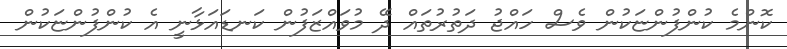
ކޮންމެ ކުންފުންޏަކުން ވެސް ހައްޖު ދަތުރުތައް ދޭ މުވައްޒަފުން ކަނޑައަޅާނީ އެ ކުންފުންޏަކުން